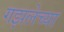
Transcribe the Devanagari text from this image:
गझलेच्या